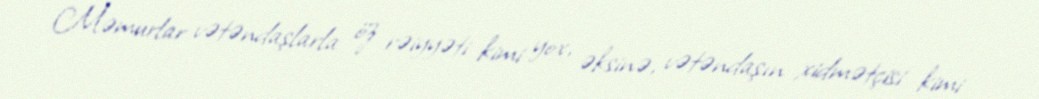
Məmurlar vətəndaşlarla öz rəiyyəti kimi yox, əksinə, vətəndaşın xidmətçisi kimi